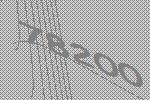
78200